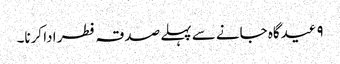
۹ عیدگاہ جانے سے پہلے صدقہ فطر ادا کرنا۔